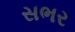
સભર